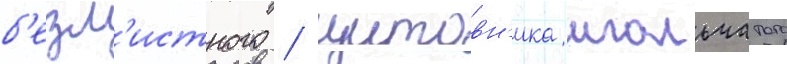
б'езл'истного / щитовн'ика игольчатого